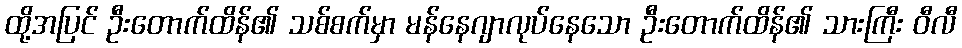
ထို့အပြင် ဦးတောက်ထိန်၏ သစ်စက်မှာ မန်နေဂျာလုပ်နေသော ဦးတောက်ထိန်၏ သားကြီး ဝီလီ